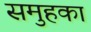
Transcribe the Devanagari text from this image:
समुहका